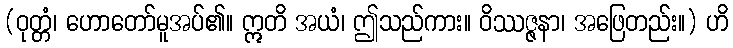
(ဝုတ္တံ၊ ဟောတော်မူအပ်၏။ ဣတိ အယံ၊ ဤသည်ကား။ ဝိဿဇ္ဇနာ၊ အဖြေတည်း။) ဟိ